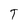
Character: T